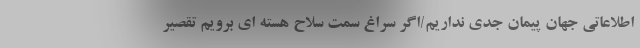
اطلاعاتی جهان پیمان جدی نداریم/اگر سراغ سمت سلاح هسته ای برویم تقصیر